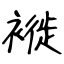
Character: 褷